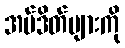
အပ်ဒိတ်များကို